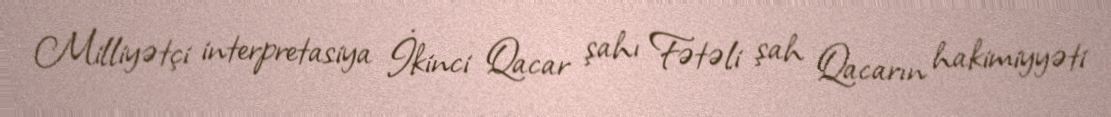
Milliyətçi interpretasiya İkinci Qacar şahı Fətəli şah Qacarın hakimiyyəti